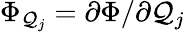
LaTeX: \Phi_{\mathcal{Q}_{j}}=\partial\Phi/\partial\mathcal{Q}_{j}